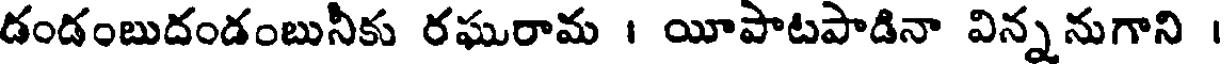
డండంబుదండంబునీకు రఘురామ । యీపాటపాడినా విన్ననుగాని